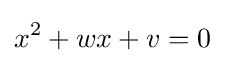
x^{2}+wx+v=0